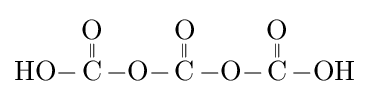
{\ce {HO-{\overset {\displaystyle O \atop \|}{C}}-O-{\overset {\displaystyle O \atop \|}{C}}-O-{\overset {\displaystyle O \atop \|}{C}}-OH}}